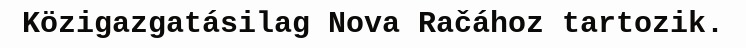
Közigazgatásilag Nova Račához tartozik.